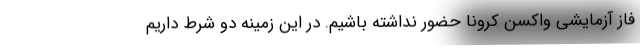
فاز آزمایشی واکسن کرونا حضور نداشته باشیم. در این زمینه دو شرط داریم